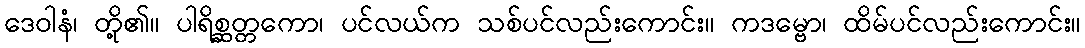
ဒေဝါနံ၊ တို့၏။ ပါရိစ္ဆတ္တကော၊ ပင်လယ်က သစ်ပင်လည်းကောင်း။ ကဒမ္ဗော၊ ထိမ်ပင်လည်းကောင်း။